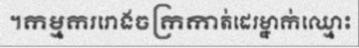
។កម្មកររោងចក្រកាត់ដេរម្នាក់ឈ្មោះ